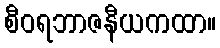
စီဝရဘာဇနီယကထာ။